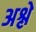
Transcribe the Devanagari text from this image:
अश्ले